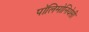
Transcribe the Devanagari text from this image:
पॉलिमोनियेसी